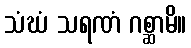
သံဃံ သရဏံ ဂစ္ဆာမိ။